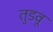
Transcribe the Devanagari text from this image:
तुडवू